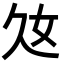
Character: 𡚰